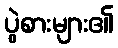
ပွဲစားများ၏